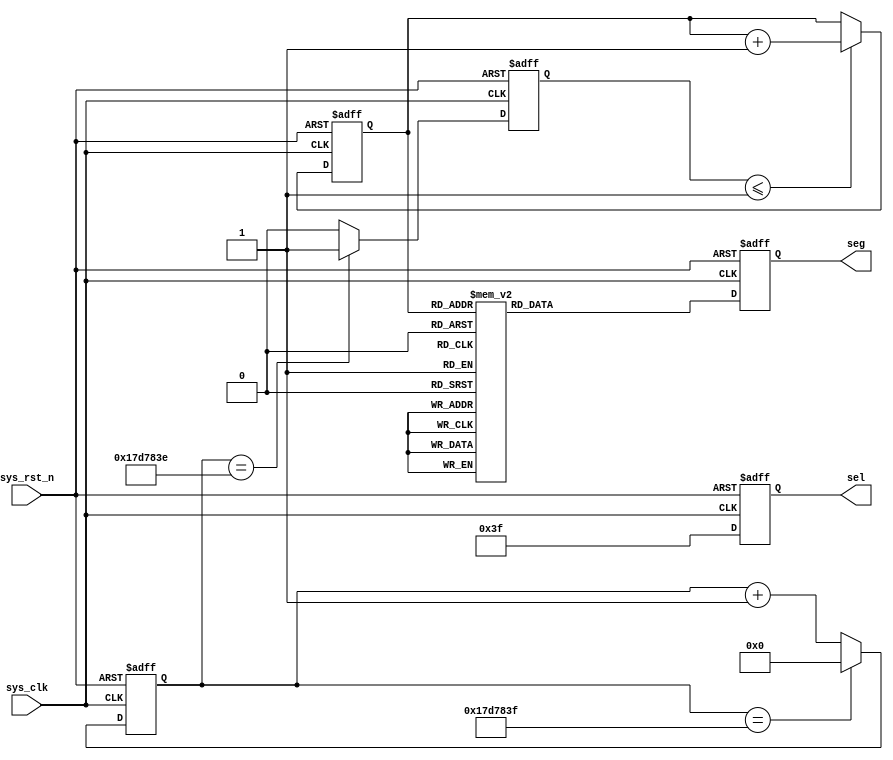
module seg_static(
	input 	wire			sys_clk,
	input 	wire 			sys_rst_n,
	output	reg		[5:0]	sel,
	output 	reg 	[7:0]	seg
);

reg 	[24:0]	cnt_wait;
reg		[3:0]	num;
reg 			add_flag;

parameter CNT_MAX = 25'd24_999_999;
parameter SEG_0 = 8'b1100_0000, SEG_1 = 8'b1111_1001,
		  SEG_2 = 8'b1010_0100, SEG_3 = 8'b1011_0000,
		  SEG_4 = 8'b1001_1001, SEG_5 = 8'b1001_0010,
		  SEG_6 = 8'b1000_0010, SEG_7 = 8'b1111_1000,
		  SEG_8 = 8'b1000_0000, SEG_9 = 8'b1001_0000,
		  SEG_A = 8'b1000_1000, SEG_B = 8'b1000_0011,
		  SEG_C = 8'b1100_0110, SEG_D = 8'b1010_0001,
		  SEG_E = 8'b1000_0110, SEG_F = 8'b1000_1110;
parameter IDLE 	= 8'b1111_1111;

always@(posedge sys_clk or negedge sys_rst_n)
	if(sys_rst_n == 1'b0)
		cnt_wait <= 25'b0;
	else if(cnt_wait == CNT_MAX)
		cnt_wait <= 25'b0;
	else	
		cnt_wait <= cnt_wait + 1'b1;
		
always@(posedge sys_clk or negedge sys_rst_n)
	if(sys_rst_n == 1'b0)
		add_flag <= 1'b0;
	else if(cnt_wait == CNT_MAX - 1'b1)
		add_flag <= 1'b1;
	else
		add_flag <= 1'b0;
		
always@(posedge sys_clk or negedge sys_rst_n)
	if(sys_rst_n == 1'b0)
		num <= 4'd0;
	else if(add_flag <= 1'b1)
		num <= num + 1'b1;
	else 
		num <= num;

always@(posedge sys_clk or negedge sys_rst_n)
	if(sys_rst_n == 1'b0)
		sel <= 6'b000000;
	else
		sel <= 6'b111111;
		
always@(posedge sys_clk or negedge sys_rst_n)
	if(sys_rst_n == 1'b0)
		seg <= IDLE;
	else case(num)
		4'd0 :	seg <= SEG_0 ;
		4'd1 :	seg <= SEG_1 ;
		4'd2 :	seg <= SEG_2 ;
		4'd3 :	seg <= SEG_3 ;
		4'd4 :	seg <= SEG_4 ;
		4'd5 :	seg <= SEG_5 ;
		4'd6 :	seg <= SEG_6 ;
		4'd7 :	seg <= SEG_7 ;
		4'd8 :	seg <= SEG_8 ;
		4'd9 :	seg <= SEG_9 ;
		4'd10:	seg <= SEG_A ;
		4'd11:	seg <= SEG_B ;
		4'd12:	seg <= SEG_C ;
		4'd13:	seg <= SEG_D ;
		4'd14:	seg <= SEG_E ;
		4'd15:	seg <= SEG_F ;
		default: seg <= IDLE;
	endcase
	
endmodule